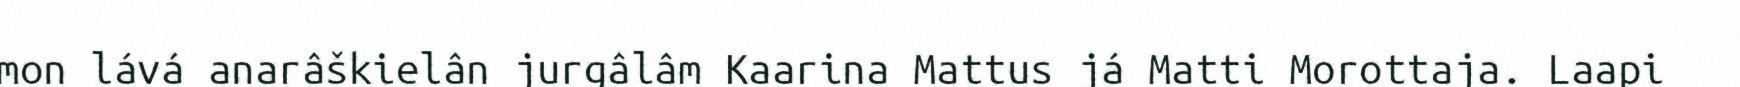
mon lává anarâškielân jurgâlâm Kaarina Mattus já Matti Morottaja. Laapi